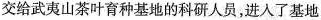
交给武夷山茶叶育种基地的科研人员，进入了基地的培育